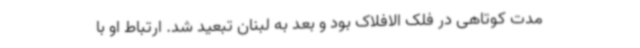
مدت کوتاهی در فلک الافلاک بود و بعد به لبنان تبعید شد. ارتباط او با